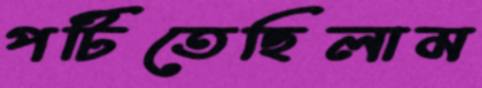
পটিতেছিলাম